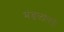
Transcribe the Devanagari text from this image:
मंडळांतर्फे